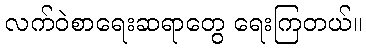
လက်ဝဲစာရေးဆရာတွေ ရေးကြတယ်။